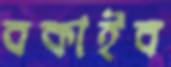
বকাইব